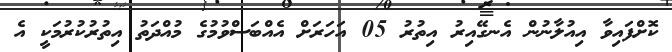
ކޮށްފައިވާ އިއުލާނުން އެނގޭއިރު އިތުރު 05 އަހަރަށް އެއްބަސްވުމުގެ މުއްދަތު އިތުރުކުރުމަކީ އެ